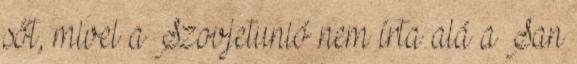
sőt, mivel a Szovjetunió nem írta alá a San